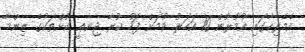
އެމެރިކާގައި އުމުރުން 10 އަހަރު ވުމަށް ފަހު ކުރާ ޖިނާޢީ ކުށްތަކުގެ ޒިންމާ